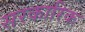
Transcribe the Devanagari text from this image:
सरकारिक